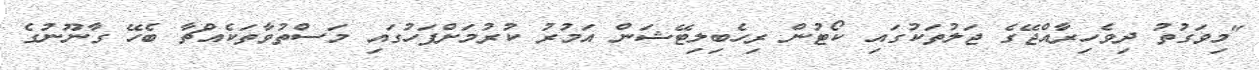
"މިވަގުތު ދިވެހިރާއްޖޭގެ ޖަލުތަކުގައި ކޯޓުން ރިހެބިލިޓޭޝަން އަމުރު ކުރުމަށްފަހުގައި މަސްތުވާތަކެއްޗާ ބެހޭ ގާނޫނުގެ